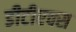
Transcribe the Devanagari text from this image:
डीटीएक्स